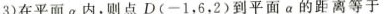
3)$$在平面α内，则点$$D(-1，6，2)$$到平面α的距离等于。